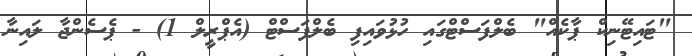
"ޓައިޓޭނިކް ޕާކެއް" ބެލްފަސްޓްގައި ހުޅުވައިފި ބެލްފަސްޓް (އެޕްރީލް 1) - ޕެސެންޖާ ލައިނާ